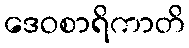
ဒေဝစာရိကာတိ